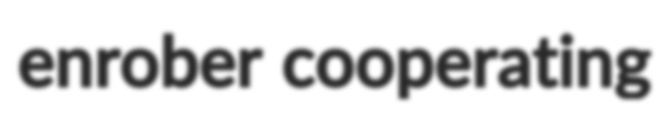
enrober cooperating